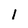
Character: l